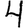
Digit: 4